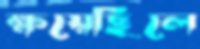
ক্ষয়েছিলে